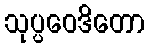
သုပ္ပဝေဒိတော